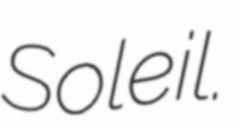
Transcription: Soleil.